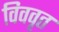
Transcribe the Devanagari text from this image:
विववृत